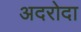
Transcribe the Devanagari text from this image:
अदरोदा